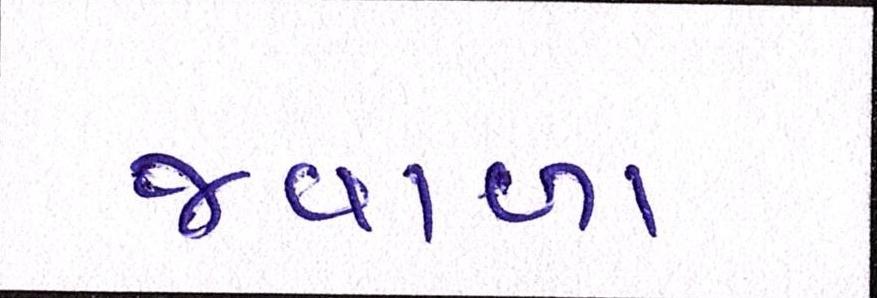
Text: જ્વાળા